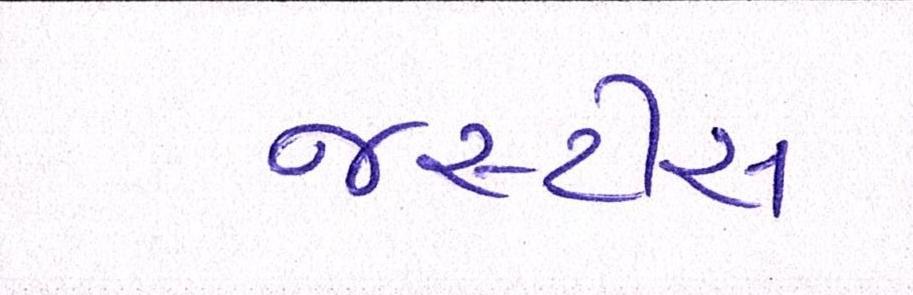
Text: જસ્ટીસ